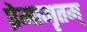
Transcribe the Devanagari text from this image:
प्रेमामृतम्